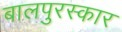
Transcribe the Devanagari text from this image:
बालपुरस्कार